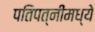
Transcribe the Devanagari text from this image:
पतिपत्‍नींमध्ये